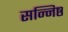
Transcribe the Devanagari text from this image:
सन्निष्ठ